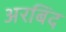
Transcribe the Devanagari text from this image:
अरबिंद